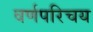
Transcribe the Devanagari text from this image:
वर्णपरिचय